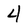
Character: 4